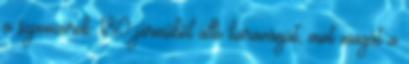
a szponzorok 180 járműből álló karavánját, mint magát a